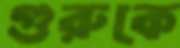
গুরুকে